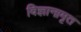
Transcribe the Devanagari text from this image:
विज्ञानामृत